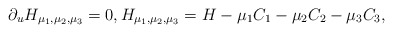
\begin{align*}\partial_{u} H_{\mu_1,\mu_2,\mu_3} = 0,H_{\mu_1,\mu_2,\mu_3} = H-\mu_1 C_1 -\mu_2 C_2 - \mu_3 C_3 ,\end{align*}